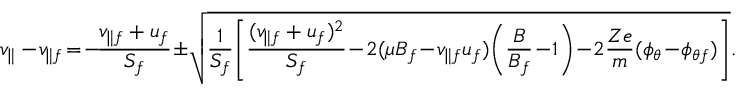
v _ { \parallel } - \! v _ { \parallel f } \! = \! - \! \frac { v _ { \parallel f } + u _ { f } } { S _ { f } } \! \pm \! \sqrt { \frac { 1 } { S _ { f } } \! \left[ \frac { ( v _ { \parallel f } + u _ { f } ) ^ { 2 } } { S _ { f } } \! - \! 2 ( \mu B _ { f } \! - \! v _ { \parallel f } u _ { f } ) \! \left( \frac { B } { B _ { f } } \! - \! 1 \right) \! - \! 2 \frac { Z e } { m } ( \phi _ { \theta } \! - \! \phi _ { \theta f } ) \right] } .